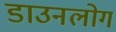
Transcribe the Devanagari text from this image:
डाउनलोग